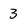
Character: 3